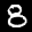
Label: 8